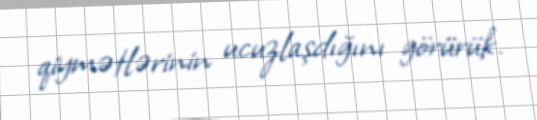
qiymətlərinin ucuzlaşdığını görürük.